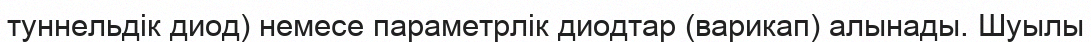
туннельдік диод) немесе параметрлік диодтар (варикап) алынады. Шуылы